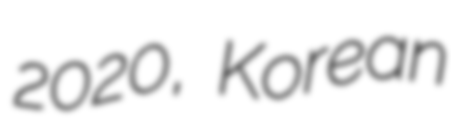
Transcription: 2020, Korean